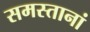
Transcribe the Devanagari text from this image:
समस्तानां